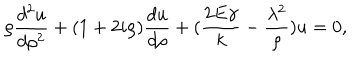
\rho { \frac { d ^ { 2 } u } { d \rho ^ { 2 } } } + ( 1 + 2 i \rho ) { \frac { d u } { d \rho } } + ( { \frac { 2 E \gamma } { k } } - { \frac { \lambda ^ { 2 } } { \rho } } ) u = 0 ,